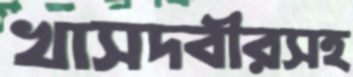
খাসদবীরসহ